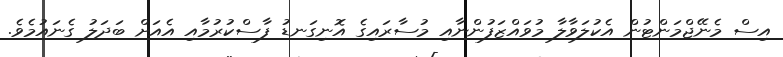
އިސް މެނޭޖްމަންޓުން އެކުލަވާލާ މުވައްޒަފުންނާއި މުސާރައިގެ އޮނިގަނޑު ފާސްކުރުމާއި އެއަށް ބަދަލު ގެނައުމެވެ.